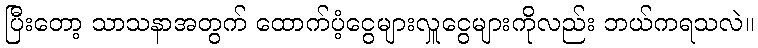
ပြီးတော့ သာသနာအတွက် ထောက်ပံ့ငွေများလှူငွေများကိုလည်း ဘယ်ကရသလဲ။